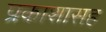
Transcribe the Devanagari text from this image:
प्रकाशासह